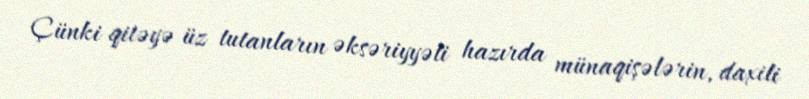
Çünki qitəyə üz tutanların əksəriyyəti hazırda münaqişələrin, daxili